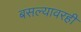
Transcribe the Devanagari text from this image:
बसल्यावरही